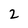
Character: 2